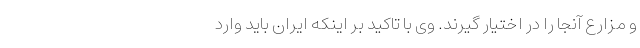
و مزارع آنجا را در اختیار گیرند. وی با تاکید بر اینکه ایران باید وارد